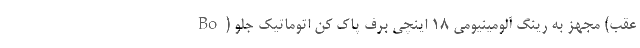
عقب) مجهز به رینگ آلومینیومی 18 اینچی برف پاک کن اتوماتیک جلو (Bo